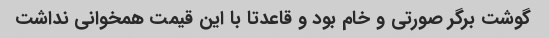
گوشت برگر صورتی و خام بود و قاعدتا با این قیمت همخوانی نداشت